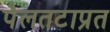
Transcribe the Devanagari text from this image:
पैलतटाप्रत